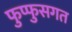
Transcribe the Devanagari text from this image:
फुप्फुसगत